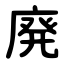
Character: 廃